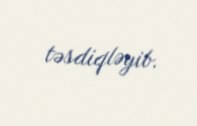
təsdiqləyib.